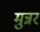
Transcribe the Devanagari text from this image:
मुन्नर